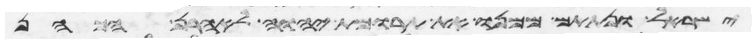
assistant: ישראל ונתתם ממנו את תרומת יהוה לאהרן הכהן